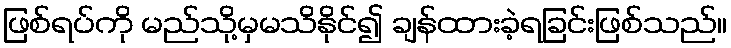
ဖြစ်ရပ်ကို မည်သို့မှမသိနိုင်၍ ချန်ထားခဲ့ရခြင်းဖြစ်သည်။